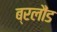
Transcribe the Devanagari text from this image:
ब्रलौंड